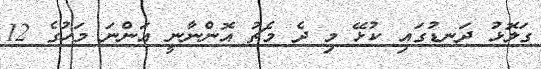
ގަލޮޅު ދަނޑުގައި ކުޅޭ މި ދެ މެޗު އޮންނާނީ އަންނަ މަހުގެ 12